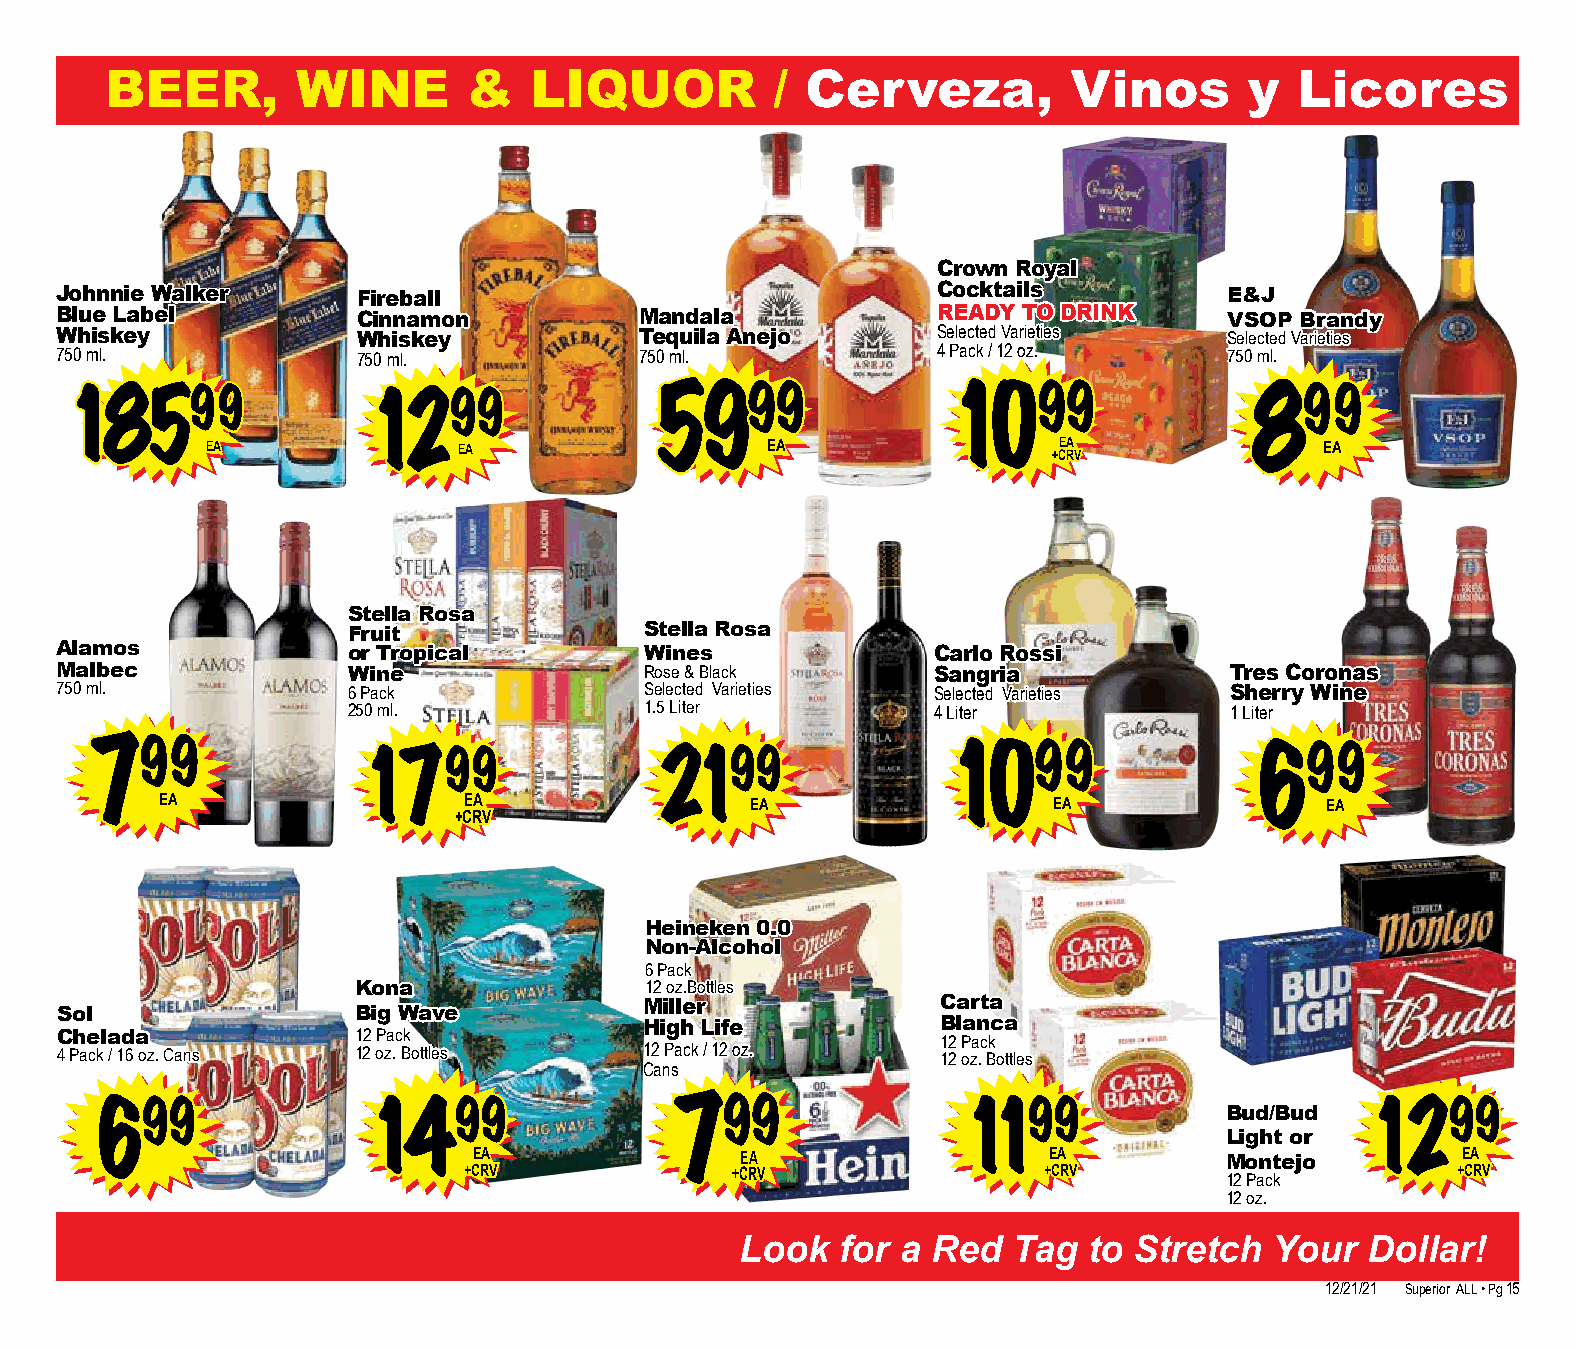
BEER,        WINE       &   LIQUOR          / Cerveza,          Vinos       y  Licores
 Crown Royal
 Johnnie Walker      Fireball                              Cocktails          E&J
 Blue Label          Cinnamon          Mandala             READY TO DRINK     VSOP Brandy
 Whiskey             Whiskey           Tequila Anejo       Selected Varieties Selected Varieties
 750 ml.             750 ml.           750 ml.             4 Pack / 12 oz.    750 ml.
 18599               1299               5999                1099                899
 EA              EA                   EA                 +CE RA V          EA
 Stella Rosa
 Fruit               Stella Rosa
 Alamos             or Tropical         Wines              Carlo Rossi
 Malbec             Wine                Rose & Black       Sangria            Tres Coronas
 750 ml.            6 Pack              Selected Varieties Selected Varieties Sherry Wine
 250 ml.             1.5 Liter          4 Liter            1 Liter
 799               1799               2199                1099                699
 EA                  EA                 EA                  EA                EA
 +CRV
 Heineken 0.0
 Non-Alcohol
 6 Pack
 Kona                12 oz.Bottles
 Sol                Big Wave
 Miller             Carta
 High Life          Blanca
 Chelada            12 Pack                                12 Pack
 4 Pack / 16 oz. Cans 12 oz. Bottles    12 Pack / 12 oz.   12 oz. Bottles
 Cans
 699               1499                799                 1199             Bud/Bud  1299
 Light or
 EA                EA                  EA          Montejo         EA
 +CRV             +CRV                 +CRV                       +CRV
 12 Pack
 12 oz.
 Look   for a Red  Tag  to Stretch  Your   Dollar!
 12/21/21 Superior ALL • Pg 15